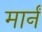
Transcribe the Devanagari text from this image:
मार्नं